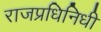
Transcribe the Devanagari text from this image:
राजप्रधिनिधी